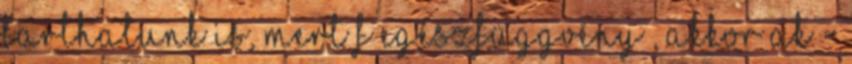
tarthatunk is, mert f egészfüggvény , akkor ak =